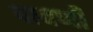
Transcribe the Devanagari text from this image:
पावणी